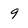
Character: 9